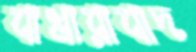
বাখারাবাদ